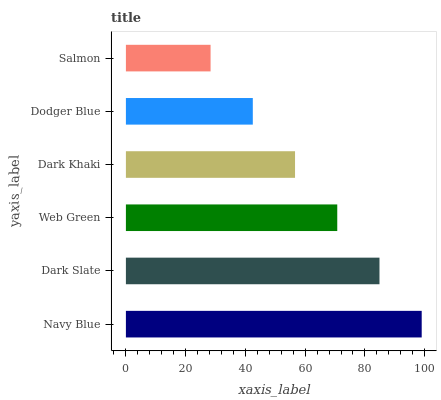
| yaxis_label | bars |
 | --- | --- |
 | Navy Blue | 99 |
 | Dark Slate | 84.9 |
 | Web Green | 70.7 |
 | Dark Khaki | 56.6 |
 | Dodger Blue | 42.5 |
 | Salmon | 28.3 |